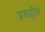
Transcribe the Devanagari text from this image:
प्रवाहीत